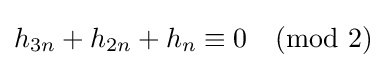
h_{3n}+h_{2n}+h_{n}\equiv 0{\pmod {2}}